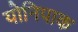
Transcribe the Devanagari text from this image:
योनिपाक